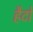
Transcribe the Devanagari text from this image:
हैटों